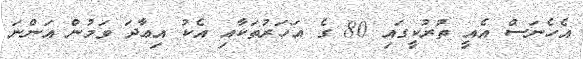
އެހެނަސް އެއީ ތުރުކީގައި 80 ގެ އަހަރުތަކާއި އެކު އިޢާދަ ވަމުން އަންނަ